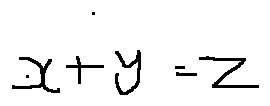
x + y = z